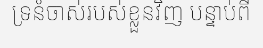
ទ្រនំចាស់របស់ខ្លួនវិញ បន្ទាប់ពី